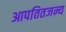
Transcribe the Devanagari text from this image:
आपतितजन्य